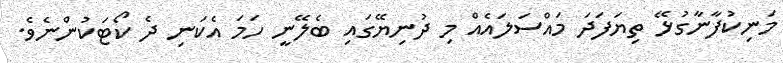
މަނިކުފާނާގުޅޭ ތިޔަފަދަ މައްސަލައެއް މި ދުނިޔޭގައި ބެލޭނީ ހަމަ އެކަނި ދެ ކޯޓަކުންނެވެ.